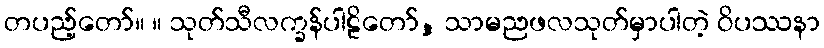
တပည့်တော်။ ။ သုတ်သီလက္ခန်ပါဠိတော်, သာမညဖလသုတ်မှာပါတဲ့ ဝိပဿနာ